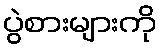
ပွဲစားများကို